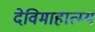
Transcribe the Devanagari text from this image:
देविमाहात्म्य